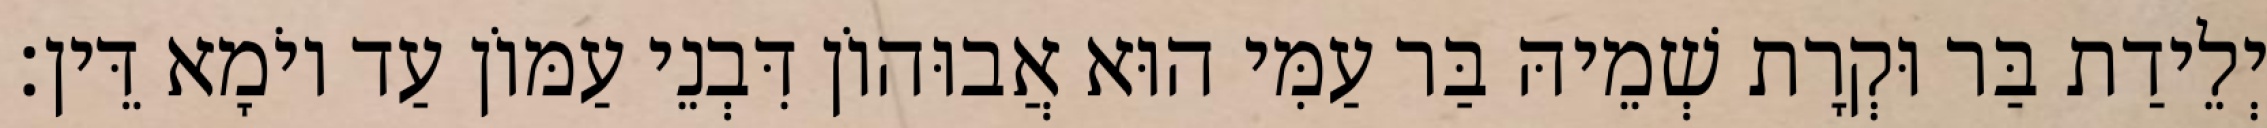
יְלֵידַת בַּר וּקְרָת שְׁמֵיהּ בַּר עַמִּי הוּא אֲבוּהוֹן דִּבְנֵי עַמּוֹן עַד יוֹמָא דֵּין׃